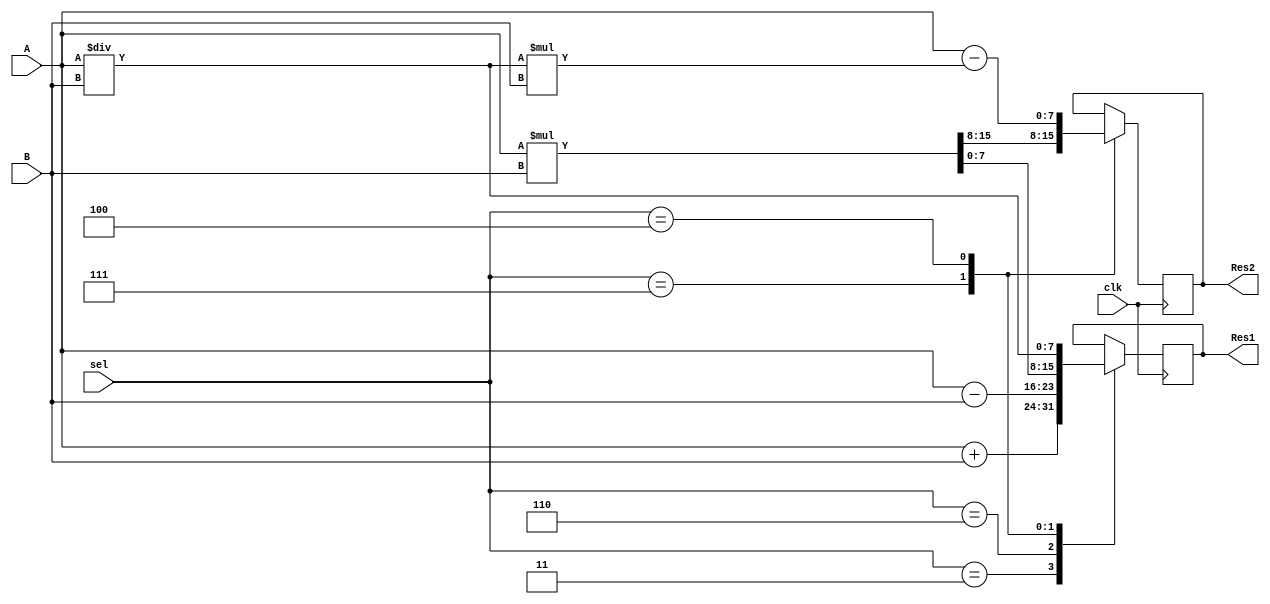
module ALU(clk,A,B,sel,Res1,Res2); 
input clk;
input [7:0]A,B;
input [3:0]sel;  
output reg [7:0]Res1; 
output reg [7:0]Res2;

reg [7:0]A_r;
reg [7:0]B_r;

parameter NOP = 4'h0; 
parameter ADD = 4'h3; 
parameter SUB = 4'h6; 
parameter MUL = 4'h7; 
parameter DIV = 4'h4; 
// parameter AND=3'b100; 
// parameter OR=3'b101; 
// parameter NOT1 =3'b110; 
// parameter NOT2 =3'b111;

always@(posedge clk) begin
    A_r = A;
    B_r = B;
case(sel) 
ADD: Res1 = A_r+B_r; 
SUB: Res1 = A_r-B_r;
MUL: {Res2,Res1}=A_r*B_r; 
DIV: begin Res1 = A_r/B; 
     Res2 = A_r-(Res1*B_r); end
NOP: begin
    A_r = A_r; 
    B_r = B_r; 
    Res1 = Res1; 
    Res2 = Res2;
end
// AND: z=x&&y; 
// OR: z=x||y; 
// NOT1: z=!x; 
// NOT2: z=!y; 
endcase 
end
endmodule